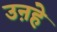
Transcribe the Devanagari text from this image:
उऩहे